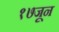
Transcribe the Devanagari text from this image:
१७जून